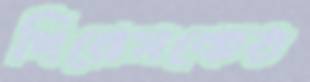
গিরেসকেত